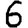
Digit: 6